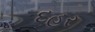
દહર